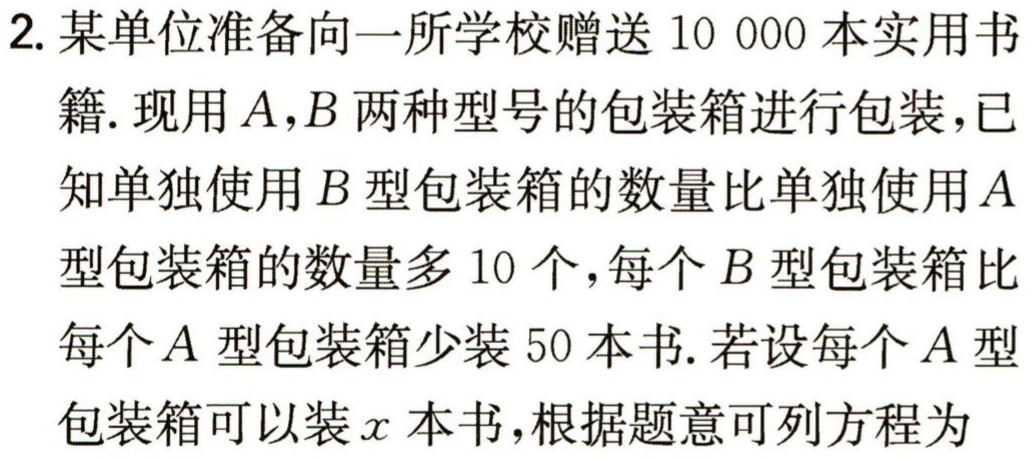
2. 某单位准备向一所学校赠送10 000本实用书籍. 现用$A,B$两种型号的包装箱进行包装，已知单独使用$B$型包装箱的数量比单独使用$A$型包装箱的数量多10个，每个$B$型包装箱比每个$A$型包装箱少装50本书. 若设每个$A$型包装箱可以装$x$本书，根据题意可列方程为